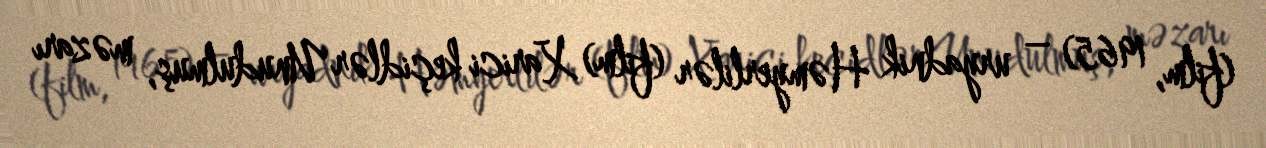
(film, 1965) – uryadnik Həmyerlilər (film) Xarici keçidlər Unudulmuş, məzarı